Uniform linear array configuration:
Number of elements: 32
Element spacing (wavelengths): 0.5
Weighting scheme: hamming
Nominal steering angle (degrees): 30
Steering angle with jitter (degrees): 28.078
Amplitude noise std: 0.05
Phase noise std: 0.05

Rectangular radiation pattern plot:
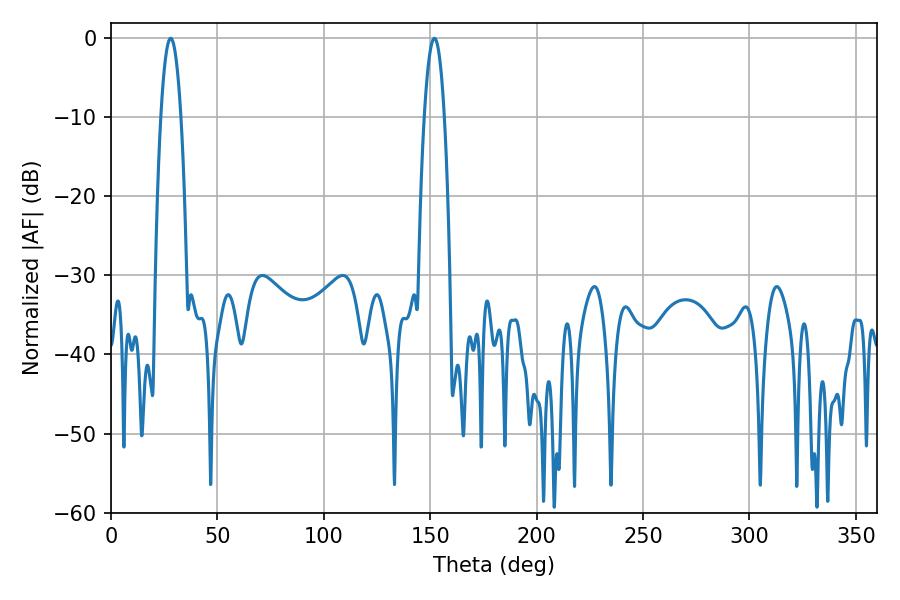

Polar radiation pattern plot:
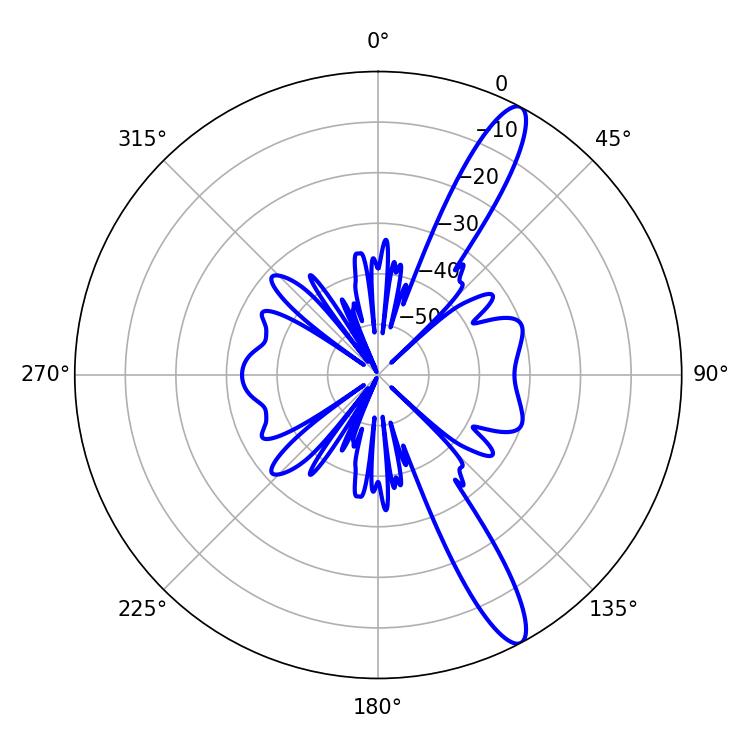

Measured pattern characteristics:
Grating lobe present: FALSE
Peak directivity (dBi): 13.343
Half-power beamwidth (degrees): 5.22
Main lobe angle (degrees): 151.92